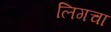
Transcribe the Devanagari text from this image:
लिगचा